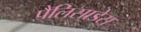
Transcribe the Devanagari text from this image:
पैलिसाडेस